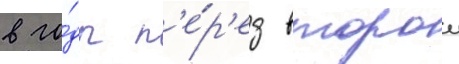
в го́ды п'е́р'ед второи